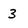
Character: 3